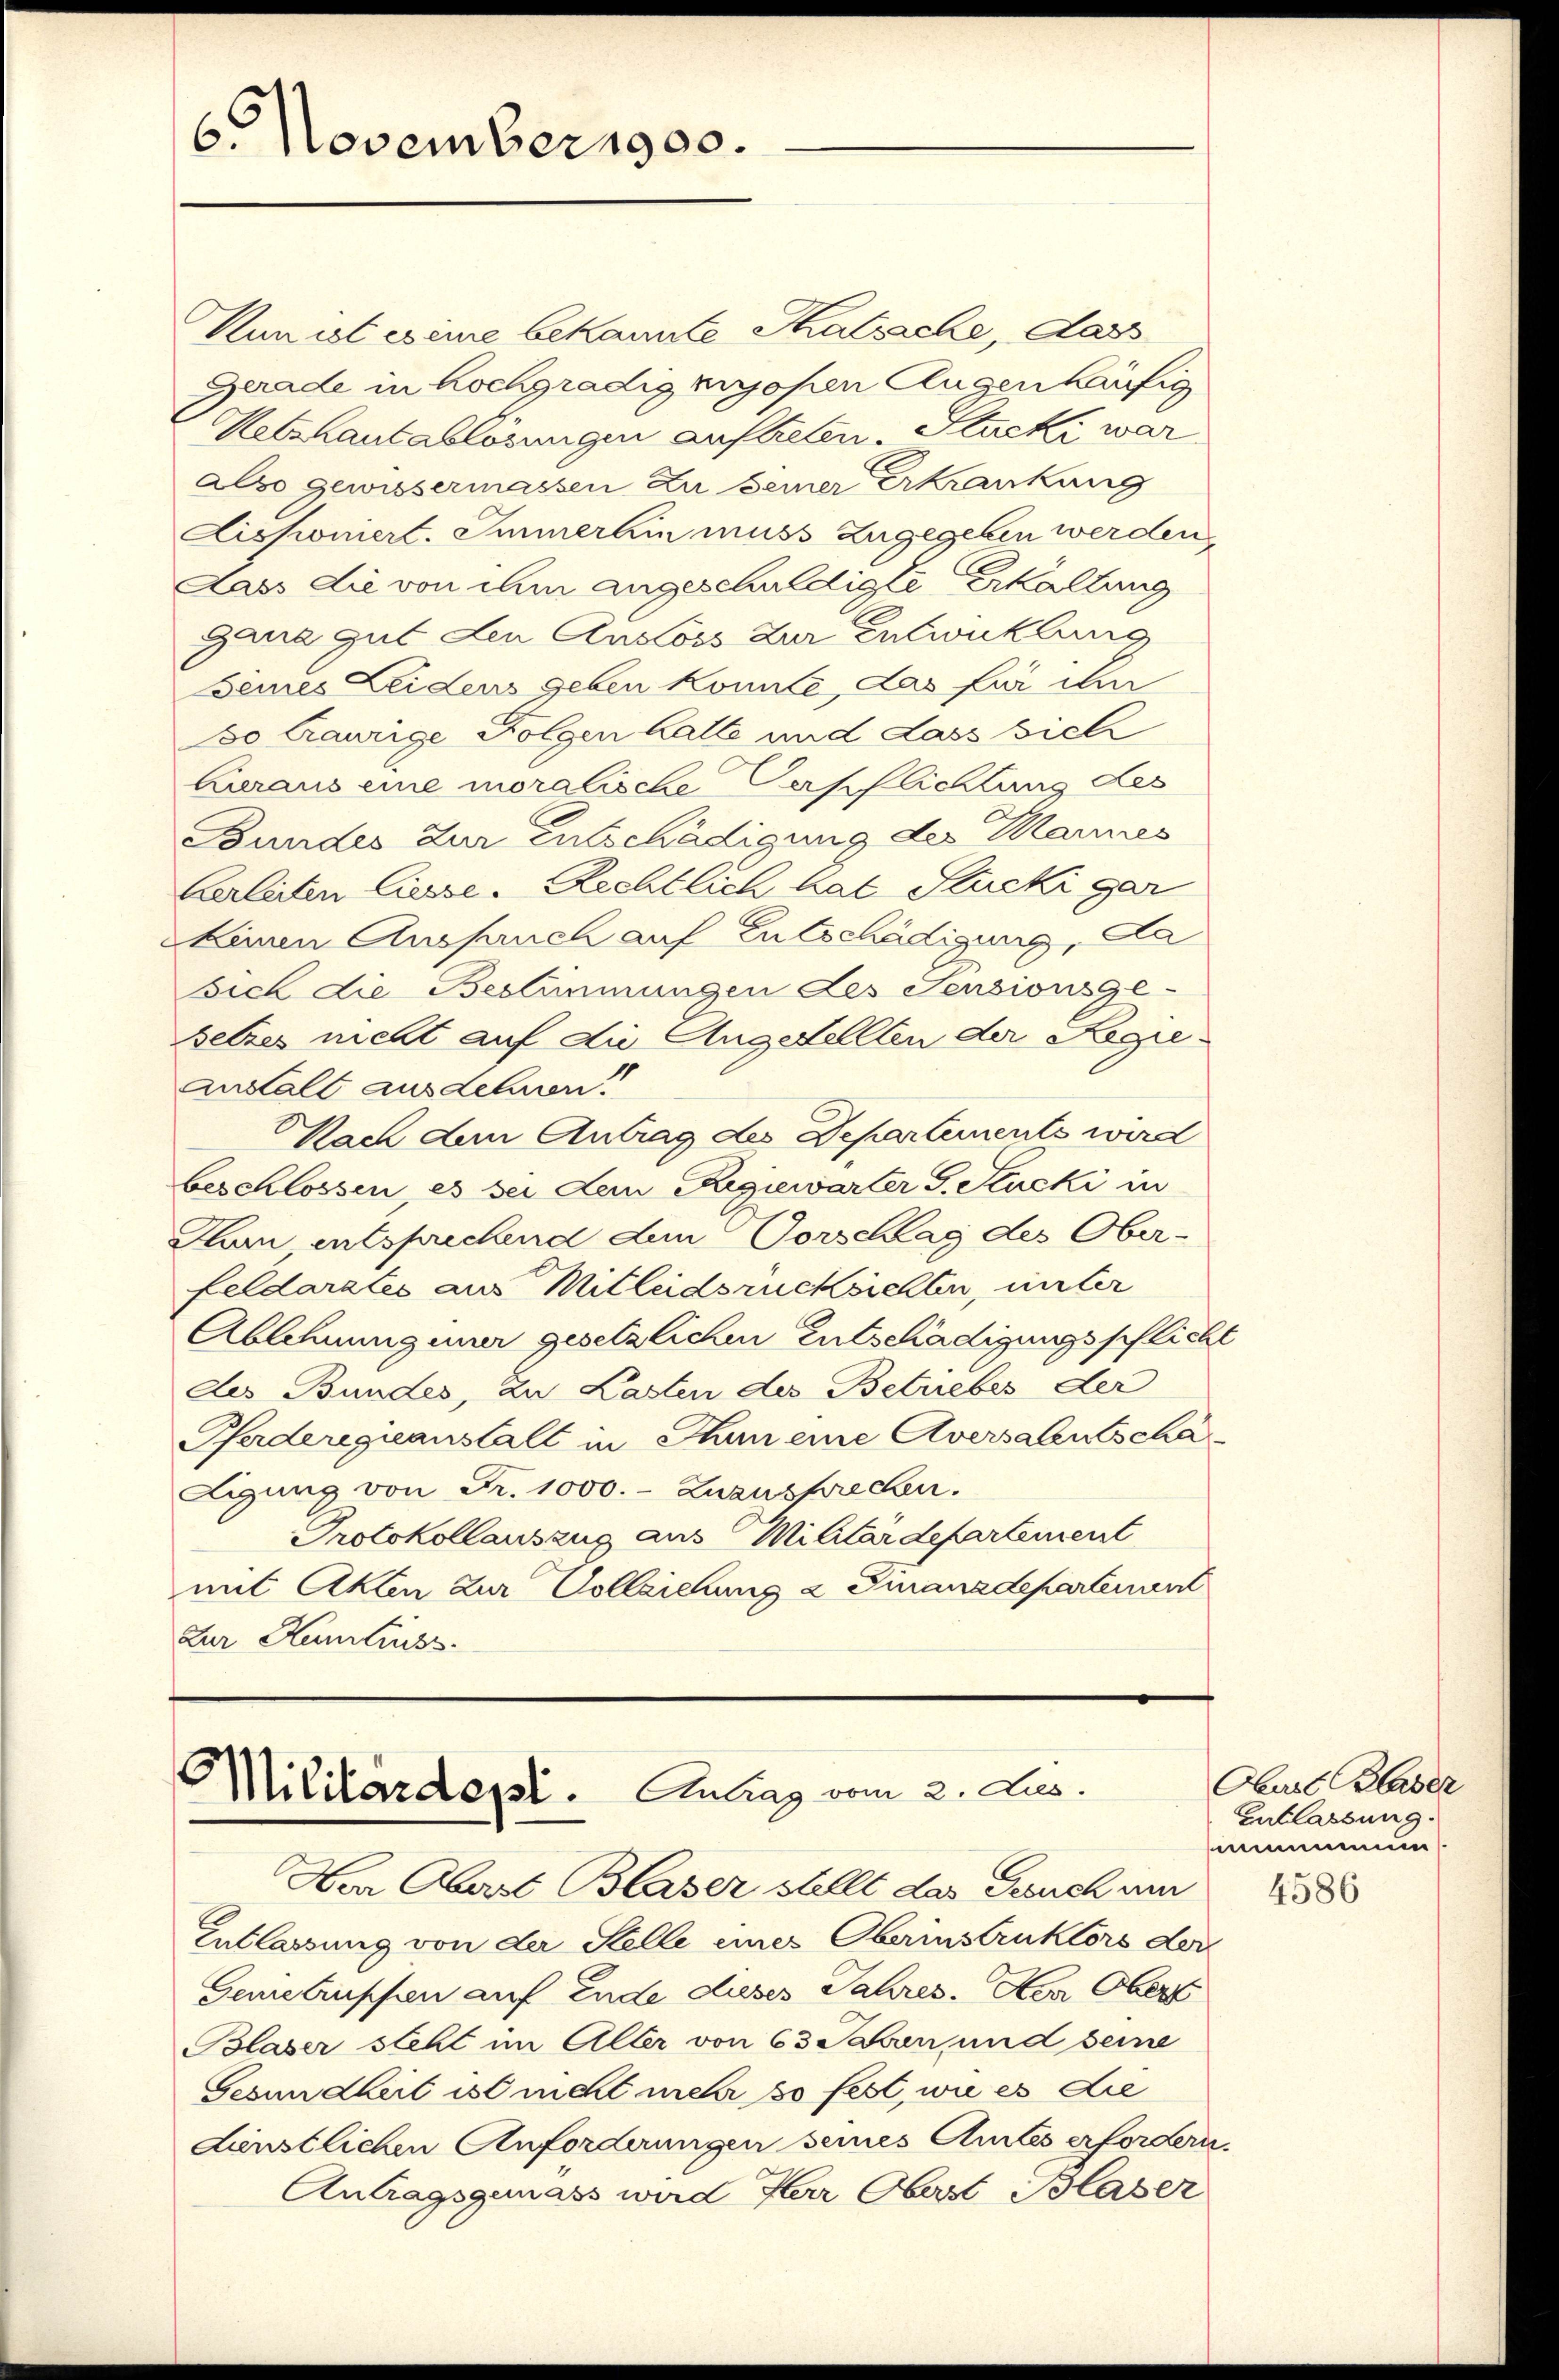
6. November 1900.

Kun ist esene bekannte Skatsache, das
Gerade in hochgradig hohen Clagen häufig
Oetzhautablösungen auftreten. Stucki war
also gewissermassen zu seiner Erkrankung
Liskomert. Immerhin muss zugegeben werden,
Dass die von ihm angeschuldigte Erkaltung
Gana gut den Anstoss zur Entwicklung
Seines Leidens geben könnte, das für ihn
so Caurige Folgen halte und dass sich
Zieraus eine moralische Verpflichtung des
Bundes Zur Entschädigung des Marmes
berleiten liesse. Rechtlich hat Stucki gar
keinen Aussauch auf Entschädigung, da
sich die Bestimmungen des Sensionsge-
Setzes nicht auf die Angestellten der Regieanstalt aus Lehnen!
Nach den Antrag des Departements wird
beschlossen es sei den Regiewarter G. Stucki in
Hun entsprechend Am Vorschlag des Ober-
feldarates aus Mitleidsrücksichten, unter
Ablehnungener gesetzlichen Entschädigungspflicht
des Bundes, zu Lasten des Betriebes der
Paderegieanstalt in Thun eine Aversalentschä-
Aigung von Fr. 1000.- Zuzusprechen.
Protokollauszug aus Militärdepartement
mit Akten zur Vollziehung 2 Finanzdepartenunt
Zur Kenntniss

Militärdept. Antrag vom 2. Jus
Hra Abart Blaser stellt das Gesuch um

Entlassung von der Stelle eines Oberinstruktors der
Gemetruppen auf Ende dieses Jahres. Her Obert
Blaser steht im Alter von 63 Jahren und seine
Gesundheit ist nicht mehr so fest, wie es die
dünstlichen Anfordnungen seines Amtes erfordern.
Antragsgunass wird Herr Oberst Blaser

Oberl Blaser
Entlassung.
nemmun

4586